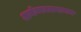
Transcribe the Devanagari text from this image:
अर्थव्यवस्थापन